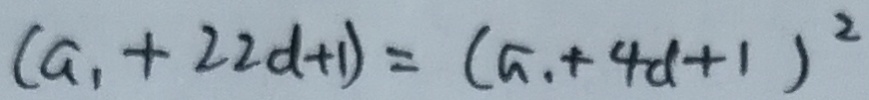
( a _ { 1 } + 2 2 d + 1 ) = ( a _ { 1 } + 4 d + 1 ) ^ { 2 }